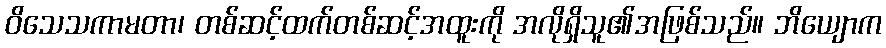
ဝိသေသကာမတာ၊ တစ်ဆင့်ထက်တစ်ဆင့်အထူးကို အလိုရှိသူ၏အဖြစ်သည်။ ဘိယျောက